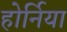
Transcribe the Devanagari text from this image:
होर्निया